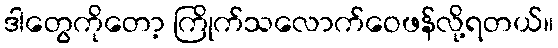
ဒါတွေကိုတော့ ကြိုက်သလောက်ဝေဖန်လို့ရတယ်။